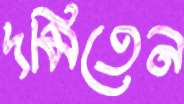
দমিতেন